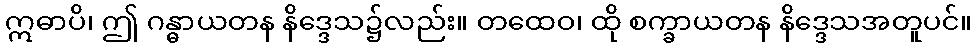
ဣဓာပိ၊ ဤ ဂန္ဓာယတန နိဒ္ဒေသ၌လည်း။ တထေဝ၊ ထို စက္ခာယတန နိဒ္ဒေသအတူပင်။